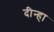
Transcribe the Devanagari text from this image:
दीन्हा